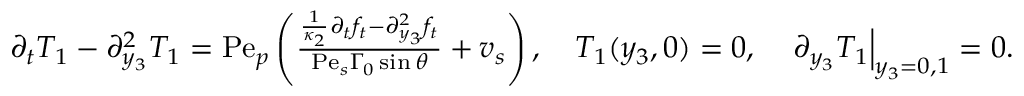
\begin{array} { r } { \partial _ { t } T _ { 1 } - \partial _ { y _ { 3 } } ^ { 2 } T _ { 1 } = \mathrm { P e } _ { p } \left( \frac { \frac { 1 } { \kappa _ { 2 } } \partial _ { t } f _ { t } - \partial _ { y _ { 3 } } ^ { 2 } f _ { t } } { \mathrm { P e } _ { s } \Gamma _ { 0 } \sin \theta } + v _ { s } \right) , \quad T _ { 1 } ( y _ { 3 } , 0 ) = 0 , \quad \left. \partial _ { y _ { 3 } } T _ { 1 } \right| _ { y _ { 3 } = 0 , 1 } = 0 . } \end{array}